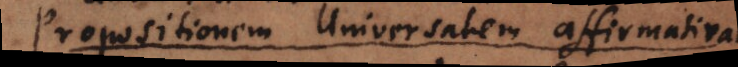
propositione universali affirmativa